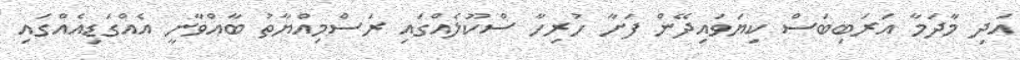
އަދި މާދަމާ އަރަބިބަސް ކިޔަވައިދޭން ފަށާ ހުރިހާ ސްކޫލެއްގައި ރަސްމިއްޔާތު ބާއްވާނީ އެއްގަޑިއެއްގައި